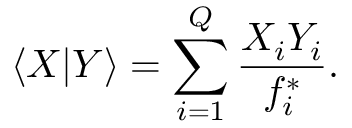
\langle X \lvert Y \rangle = \sum _ { i = 1 } ^ { Q } \frac { X _ { i } Y _ { i } } { f _ { i } ^ { * } } .